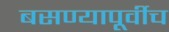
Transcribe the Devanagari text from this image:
बसण्यापूर्वीच